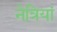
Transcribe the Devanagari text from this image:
नेत्रियां